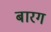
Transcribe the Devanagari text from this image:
बारग